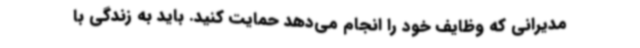
مدیرانی که وظایف خود را انجام می‌دهد حمایت کنید. باید به زندگی با